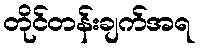
တိုင်တန်းချက်အရ